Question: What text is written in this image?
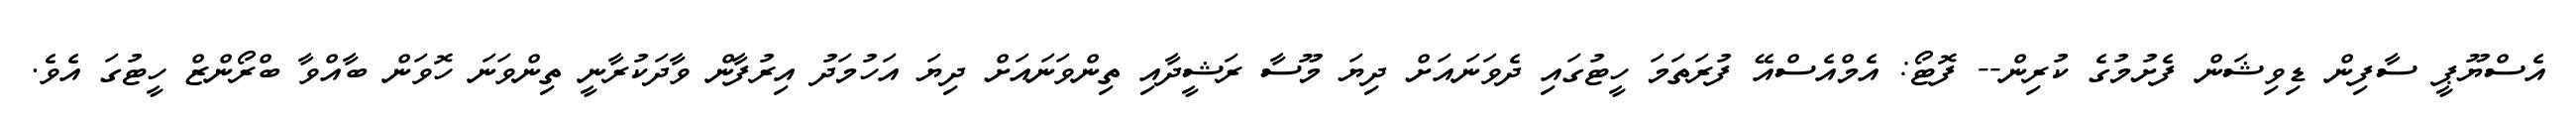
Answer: އެސްޔޫޕީ ސާފިން ޑިވިޝަން ފެށުމުގެ ކުރިން-- ފޮޓޯ: އެމްއެސްއޭ ފުރަތަމަ ހީޓުގައި ދެވަނައަށް ދިޔަ މޫސާ ރަޝީދާއި ތިންވަނައަށް ދިޔަ އަހުމަދު އިރުފާން ވާދަކުރާނީ ތިންވަނަ ހޮވަން ބާއްވާ ބްރޯންޒް ހީޓުގަ އެވެ.